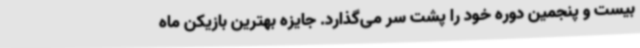
بیست و پنجمین دوره خود را پشت سر می‌گذارد. جایزه بهترین بازیکن ماه